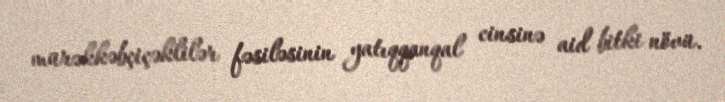
mürəkkəbçiçəklilər fəsiləsinin yatıqqanqal cinsinə aid bitki növü.